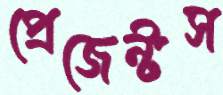
প্রেজেন্টস